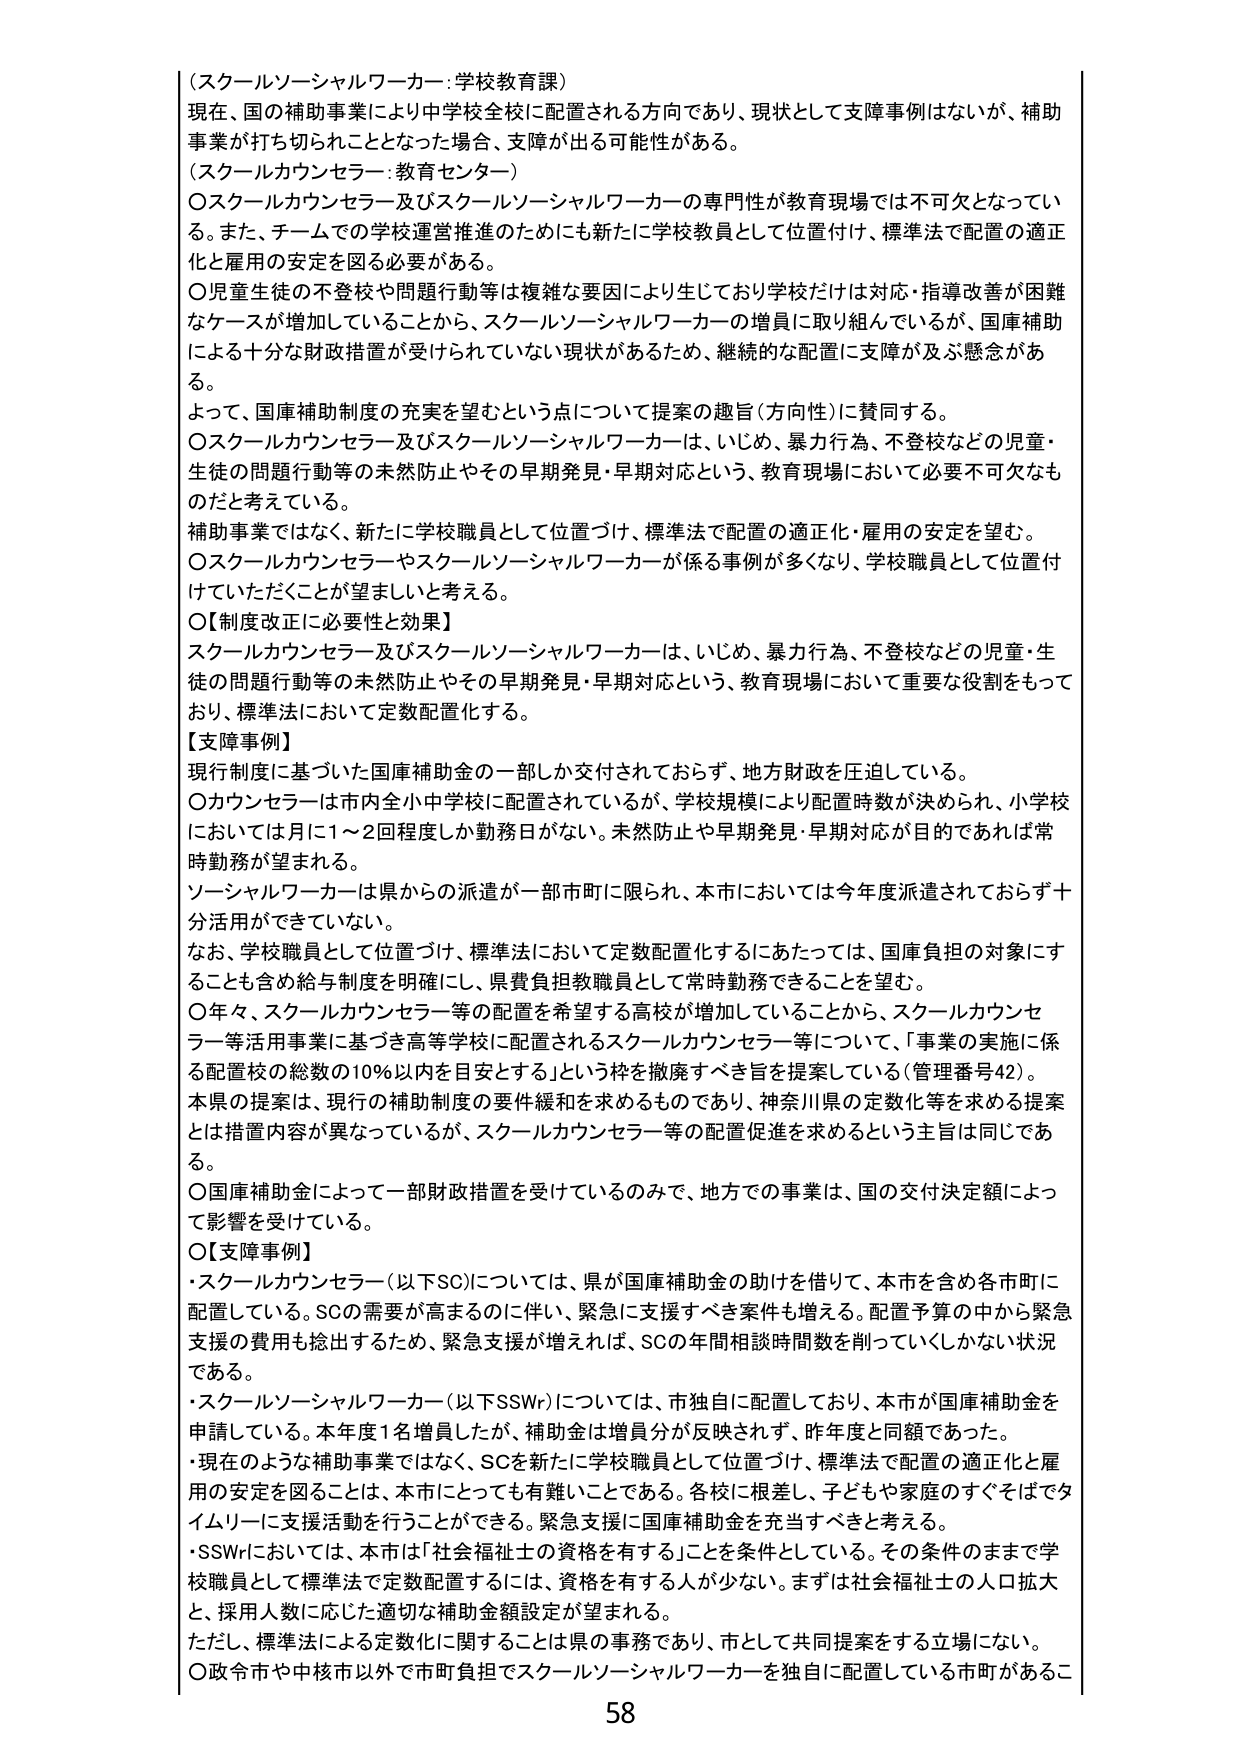
（スクールソーシャルワーカー：学校教育課）
現在、国の補助事業により中学校全校に配置される方向であり、現状として支障事例はないが、補助事業が打ち切られることとなった場合、支障が出る可能性がある。
（スクールカウンセラー：教育センター）
〇スクールカウンセラー及びスクールソーシャルワーカーの専門性が教育現場では不可欠となっている。また、チームでの学校運営推進のためにも新たに学校教員として位置付け、標準法で配置の適正化と雇用の安定を図る必要がある。
〇児童生徒の不登校や問題行動等は複雑な要因により生じており学校だけは対応・指導改善が困難なケースが増加していることから、スクールソーシャルワーカーの増員に取り組んでいるが、国庫補助による十分な財政措置が受けられていない現状があるため、継続的な配置に支障が及ぶ懸念がある。
よって、国庫補助制度の充実を望むという点について提案の趣旨（方向性）に賛同する。
〇スクールカウンセラー及びスクールソーシャルワーカーは、いじめ、暴力行為、不登校などの児童・生徒の問題行動等の未然防止やその早期発見・早期対応という、教育現場において必要不可欠なものだと考えている。
補助事業ではなく、新たに学校職員として位置づけ、標準法で配置の適正化・雇用の安定を望む。
〇スクールカウンセラーやスクールソーシャルワーカーが係る事例が多くなり、学校職員として位置付けしていただくことが望ましいと考える。
〇【制度改正に必要性と効果】
スクールカウンセラー及びスクールソーシャルワーカーは、いじめ、暴力行為、不登校などの児童・生徒の問題行動等の未然防止やその早期発見・早期対応という、教育現場において重要な役割をもっており、標準法において定数配置化する。
【支障事例】
現行制度に基づいた国庫補助金の一部しか交付されておらず、地方財政を圧迫している。
〇カウンセラーは市内全小中学校に配置されているが、学校規模により配置時数が決められ、小学校においては月に1～2回程度しか勤務日がない。未然防止や早期発見・早期対応が目的であれば常時勤務が望まれる。
ソーシャルワーカーは県からの派遣が一部市町に限られ、本市においては今年度派遣されておらず十分活用できていない。
なお、学校職員として位置づけ、標準法において定数配置化するにあたっては、国庫負担の対象にすることも含め給与制度を明確にし、県費負担教職員として常時勤務できることを望む。
〇年々、スクールカウンセラー等の配置を希望する高校が増加していることから、スクールカウンセラー等活用事業に基づき高等学校に配置されるスクールカウンセラー等について、「事業の実施に係る配置校の総数の10％以内を目安とする」という枠を撤廃すべき旨を提案している（管理番号42）。
本県の提案は、現行の補助制度の要件緩和を求めるものであり、神奈川県の定数化等を求める提案とは措置内容が異なっているが、スクールカウンセラー等の配置促進を求めるという主旨は同じである。
〇国庫補助金によって一部財政措置を受けているのみで、地方での事業は、国の交付決定額によって影響を受けている。
〇【支障事例】
・スクールカウンセラー（以下SC）については、県が国庫補助金の助けを借りて、本市を含め各市町に配置している。SCの需要が高まるのに伴い、緊急に支援すべき案件も増える。配置予算の中から緊急支援の費用も捻出するため、緊急支援が増えれば、SCの年間相談時間数を削っていしかない状況である。
・スクールソーシャルワーカー（以下SSW）については、市独自に配置しており、本市が国庫補助金を申請している。本年度1名増員したが、補助金は増員分が反映されず、昨年度と同額であった。
・現在のような補助事業ではなく、SCを新たに学校職員として位置づけ、標準法で配置の適正化と雇用の安定を図ることは、本市にとっても有難いことである。各校に根差し、子どもや家庭のすくそばでタイムリーに支援活動を行うことができる。緊急支援に国庫補助金を充当すべきと考える。
・SSWにおいては、本市は「社会福祉士の資格を有する」ことを条件としている。その条件のままで学校職員として標準法で定数配置するには、資格を有する人が少ない。まずは社会福祉士の人口拡大と、採用人数に応じた適切な補助金額設定が望まれる。
ただし、標準法による定数化に関することは県の事務であり、市として共同提案をする立場はない。
〇政令市や中核市以外で市町負担でスクールソーシャルワーカーを独自に配置している市町があるこ
58